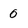
Character: 0